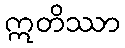
ဣတိဿာ